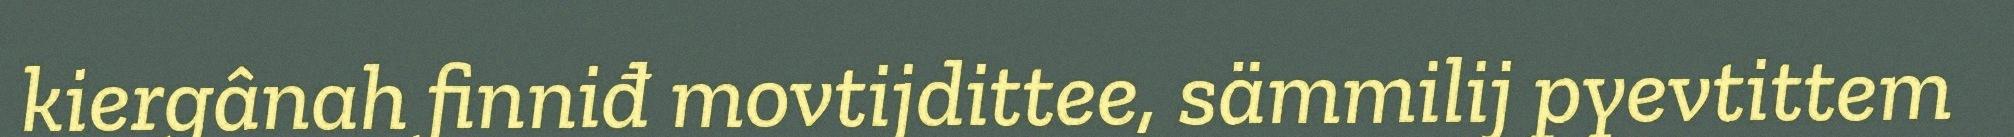
kiergânah finniđ movtijdittee, sämmilij pyevtittem